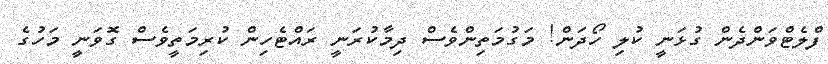
ފްލެޓްވަންދެން ގުޅަނީ ކުލި ހޯދަން! މަގުމަތިންވެސް ދިމާކުރަނީ ރައްޓެހިން ކުރިމަތީވެސް ގޮވަނީ މަހުގެ